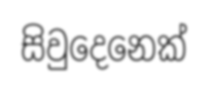
සිවුදෙනෙක්